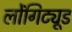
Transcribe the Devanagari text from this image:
लोंगिट्यूड